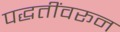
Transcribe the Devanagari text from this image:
पद्धतींवरून